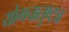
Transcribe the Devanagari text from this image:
योगचातुष्ट्य